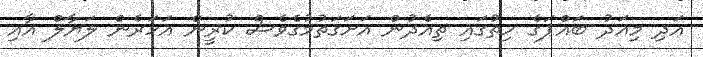
އަދި މިއަދު ބައްޕަގެ ހިތުގައި ތިއެދުން އަށަގަތުމުގެވެސް ކުރީން އަހަރެން ލަޔާލް އާއި